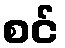
စင်